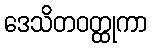
ဒေသိတဝတ္ထုကာ